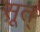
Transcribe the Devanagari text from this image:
सूत्